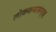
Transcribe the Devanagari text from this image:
लोककथासंग्रह